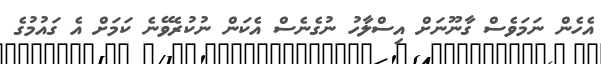
އެހެން ނަމަވެސް ގާނޫނަށް އިސްލާހު ނުގެނެސް އެކަން ނުކުރެވޭނެ ކަމަށް އެ ގައުމުގެ